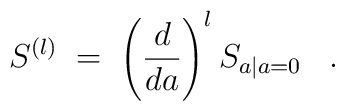
S^{(l)} \;=\; \left( \frac{d}{da} \right)^l S_{a | a=0} \;\;\; .